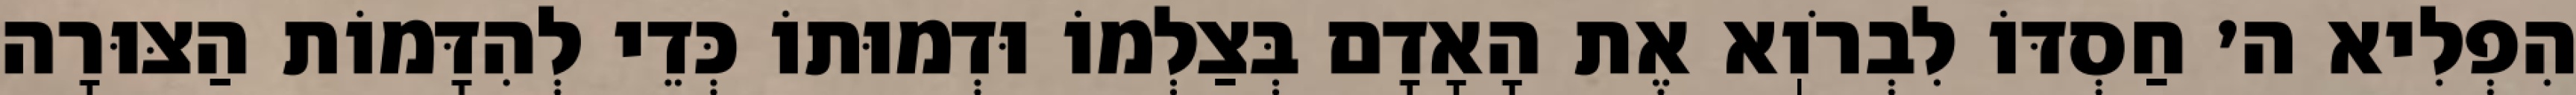
הִפְלִיא ה׳ חַסְדּוֹ לִבְרֹוֽא אֶת הָאָדָם בְּצַלְמוֹ וּדְמוּתוֹ כְּדֵי לְהִדָּמוֹת הַצּוּרָה